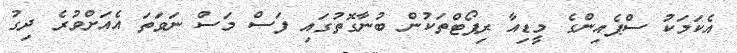
އެކަމަކު ސްޕެއިންގެ މީޑިއާ ރިޕޯޓްތަކުން ބުނާގޮތުގައި ފަސް މަސް ނަވަތަ އެއަށްވުރެ ދިގު